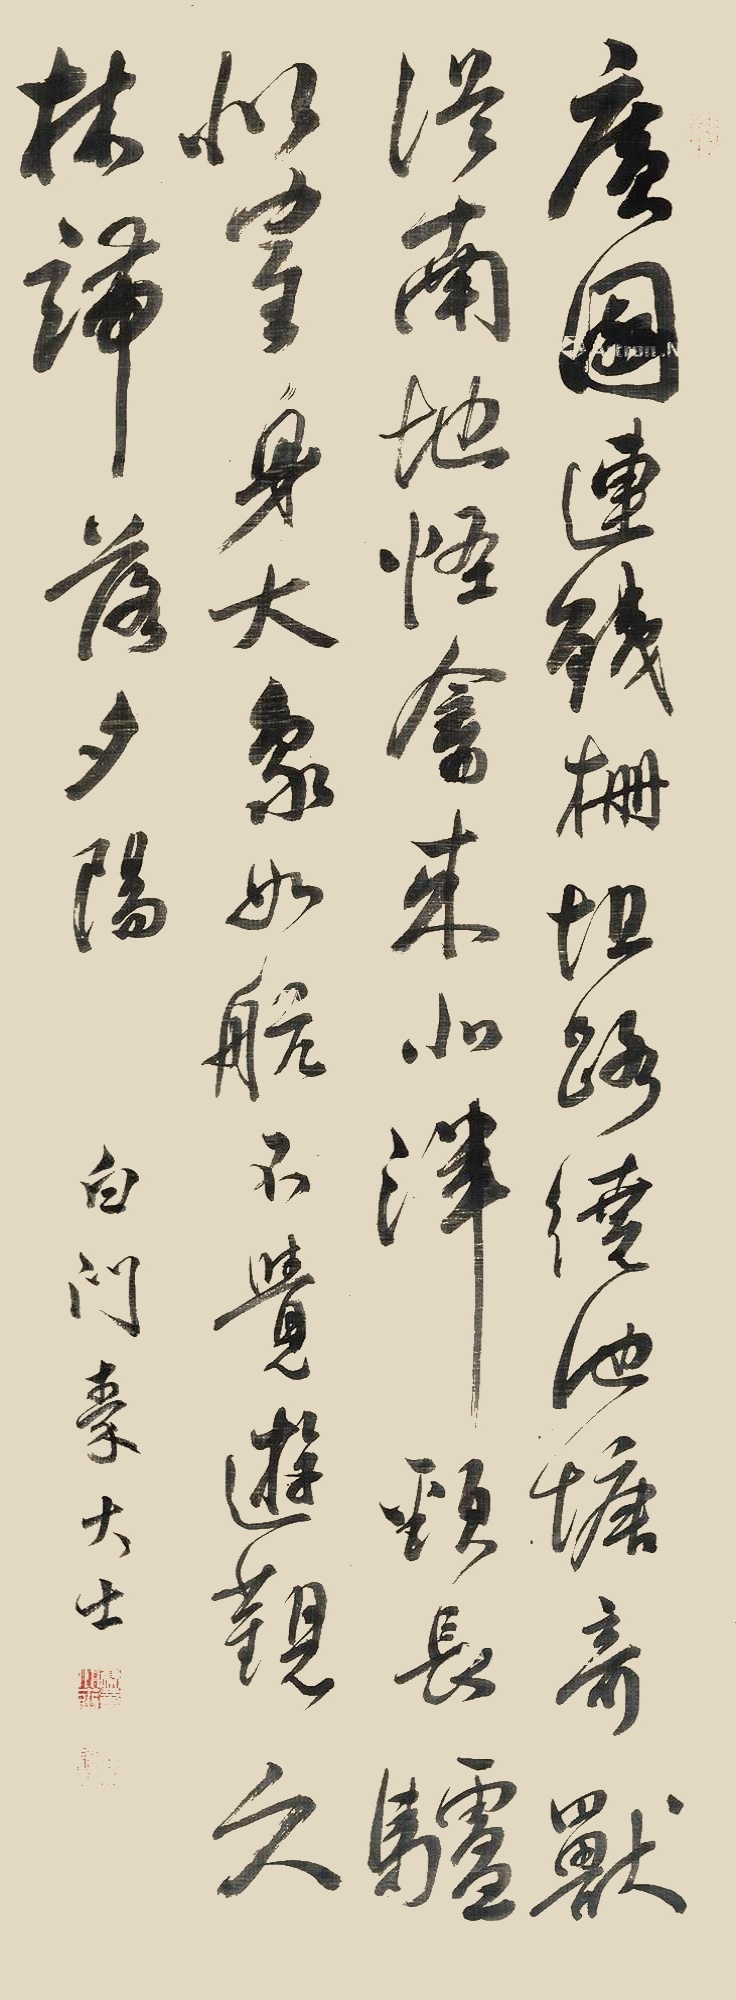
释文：广园连残栅，坦路绕池塘。奇兽从南地，怪禽来北泮。颈长驴似鹤，身大象如航。不觉游观久，林端落夕阳。白门秦大士